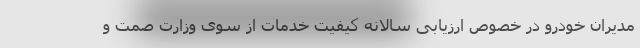
مدیران خودرو در خصوص ارزیابی سالانه کیفیت خدمات از سوی وزارت صمت و